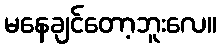
မနေချင်တော့ဘူးလေ။